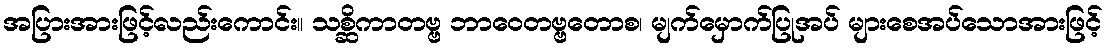
အပြားအားဖြင့်လည်းကောင်း။ သစ္ဆိကာတဗ္ဗ ဘာဝေတဗ္ဗတောစ၊ မျက်မှောက်ပြုအပ် များစေအပ်သောအားဖြင့်